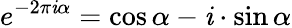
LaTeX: e^{-2\pi\mathit{i}\alpha}=\cos\alpha-\mathit{i}\cdot\sin\alpha